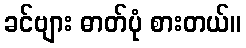
ခင်ဗျား ဓာတ်ပုံ စားတယ်။